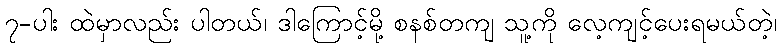
၇-ပါး ထဲမှာလည်း ပါတယ်၊ ဒါကြောင့်မို့ စနစ်တကျ သူ့ကို လေ့ကျင့်ပေးရမယ်တဲ့၊